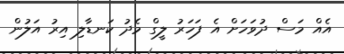
އެއް މަސް ދުވަހަށް އެ ފަހަރު ލީގް މެދު ކަނޑާލި އިރު އަލުން